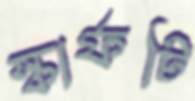
স্কার্ফটি